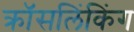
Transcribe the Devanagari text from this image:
क्रॉसलिंकिंग